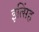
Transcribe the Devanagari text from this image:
इत्सिंह